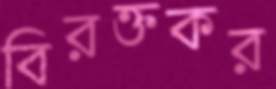
বিরক্তকর